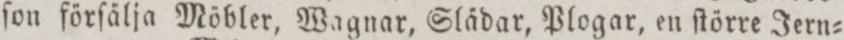
ſon förſälja Möbler, Wagnar, Slädar, Plogar, en ſtörre Jern=